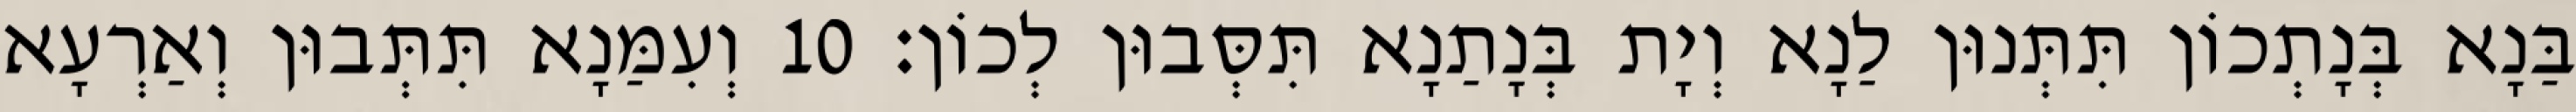
בַּנָא בְּנָתְכוֹן תִּתְּנוּן לַנָא וְיָת בְּנָתַנָא תִּסְּבוּן לְכוֹן׃ 10 וְעִמַּנָא תִּתְּבוּן וְאַרְעָא